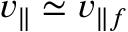
v _ { \parallel } \simeq v _ { \parallel f }